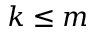
k \leq m